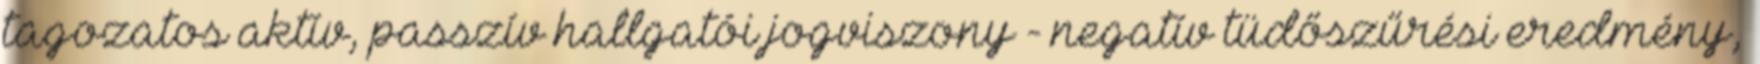
tagozatos aktív, passzív hallgatói jogviszony - negatív tüdőszűrési eredmény,